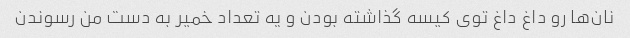
نان‌ها رو داغ داغ توی کیسه گذاشته بودن و یه تعداد خمیر به دست من رسوندن